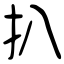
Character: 扒